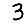
Digit: 3